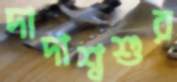
দাদাশ্বশুর